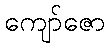
ကျော်ဇော